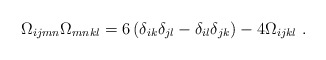
\begin{align*}\Omega_{ijmn} \Omega_{mnkl} = 6 \left( \delta_{ik}\delta_{jl} -\delta_{il}\delta_{jk} \right) - 4 \Omega_{ijkl}~.\end{align*}